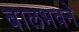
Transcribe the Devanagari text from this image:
बालभवने